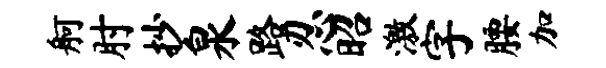
舸肘抄泉路忍昭激字腰加